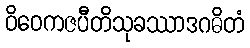
ဝိဝေကဇပီတိသုခဿာဒဂဓိတံ